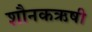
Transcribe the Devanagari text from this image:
शौनकऋषी